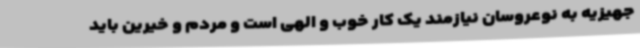
جهیزیه به نوعروسان نیازمند یک کار خوب و الهی است و مردم و خیرین باید